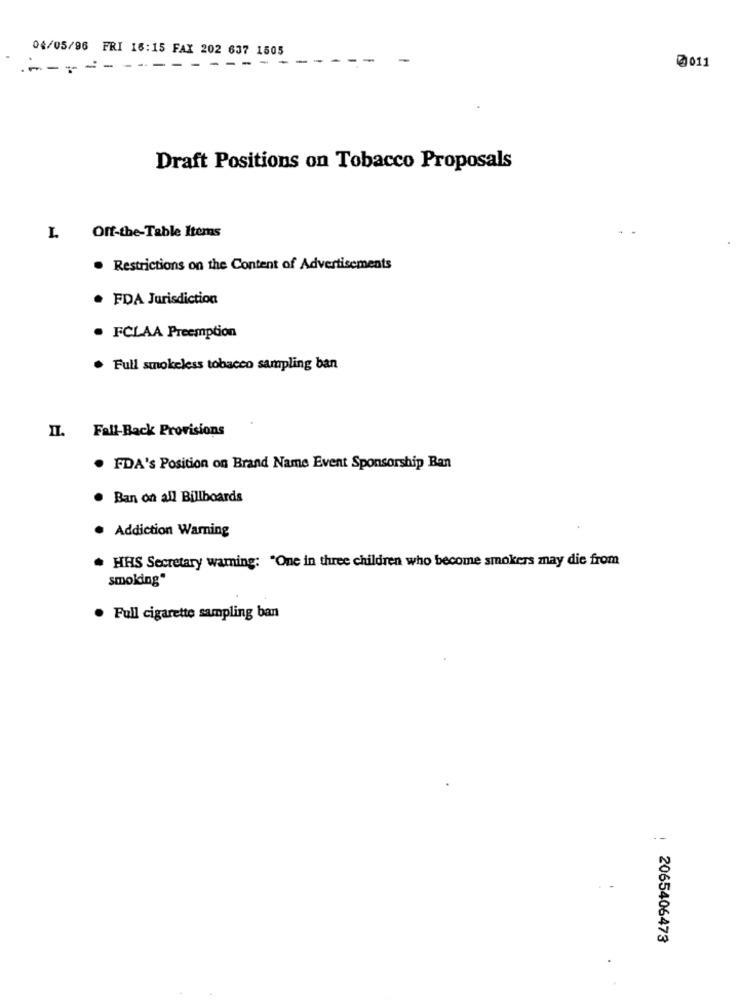
04/05/96 FRI 16:15 FAX 202 637 1505
---
- --
--
-
--
0011
Draft Positions on Tobacco Proposals
Off-the-Table Items
. Restrictions on the Content of Advertisements
. FDA Jurisdiction
. FCLAA Preemption
Full smokeless tobacco sampling ban
II. Fall-Back Provisions
. FDA's Position on Brand Name Event Sponsorship Ban
Ban on all Billboards
. Addiction Warning
. HRS Secretary warning: "One in three children who become smokers may die from
smoking"
· Full cigarette sampling ban
--
2065406473